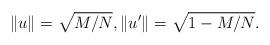
LaTeX: \begin{align*} \|u\|=\sqrt{M/N}, \|u'\|=\sqrt{1-M/N}. \end{align*}